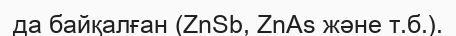
да байқалған (ZnSb, ZnAs және т.б.).